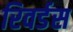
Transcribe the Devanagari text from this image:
रिवर्डस